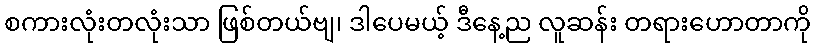
စကားလုံးတလုံးသာ ဖြစ်တယ်ဗျ၊ ဒါပေမယ့် ဒီနေ့ည လူဆန်း တရားဟောတာကို